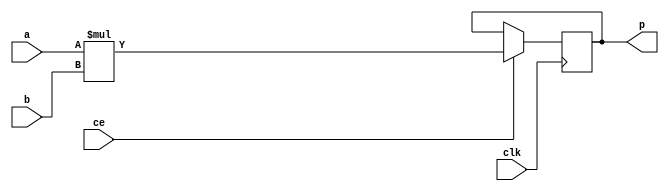
module image_filter_mul_10ns_12ns_22_2_AM2S_0(clk, ce, a, b, p);
input clk;
input ce;
input [10 - 1 : 0] a;
input [12 - 1 : 0] b;
output[22 - 1 : 0] p;
reg signed [22 - 1 : 0] p;
wire [22 - 1 : 0] tmp_product;
assign tmp_product = a * b;
always @ (posedge clk) begin
    if (ce) begin
        p <= tmp_product;
    end
end
endmodule